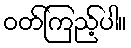
ဝတ်ကြည့်ပါ။